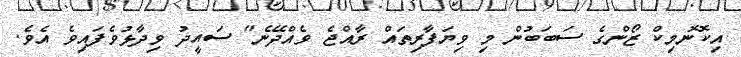
އިކޮނޮމިކް ޒޯންގެ ސަބަބުން މި ވިޔަފާރިތައް ރާއްޖެ ވެއްދޭނެ" ސައީދު ވިދާޅުވެފައިވެ އެވެ.